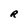
Character: R